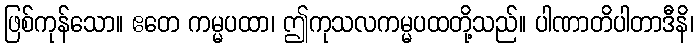
ဖြစ်ကုန်သော။ ဧတေ ကမ္မပထာ၊ ဤကုသလကမ္မပထတို့သည်။ ပါဏာတိပါတာဒီနိ၊